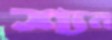
শ্যন